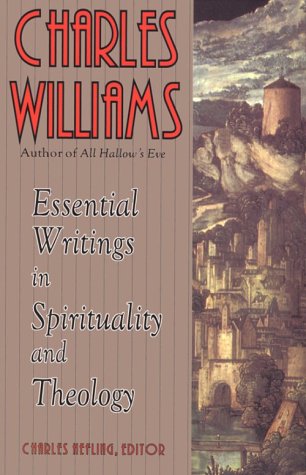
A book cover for Charles Williams: Essential Writings in Spirituality and Theology; Charles Williams; Christian Books & Bibles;